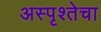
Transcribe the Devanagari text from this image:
अस्पृश्तेचा